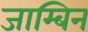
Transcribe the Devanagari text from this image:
जाम्बिन